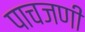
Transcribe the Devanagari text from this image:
पाचजणी